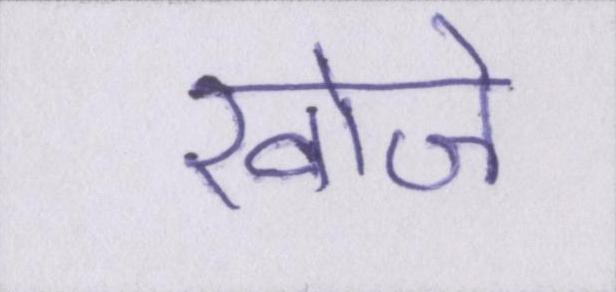
खोजे